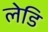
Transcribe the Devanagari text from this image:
लेडि